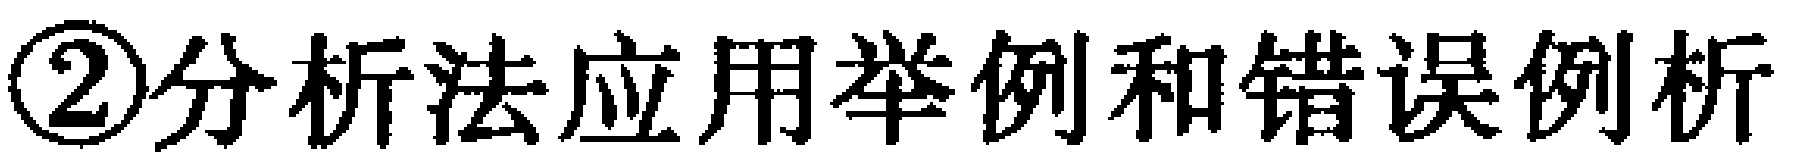
\textcircled{2}分析法应用举例和错误例析